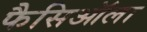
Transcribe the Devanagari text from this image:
फैसिऑला